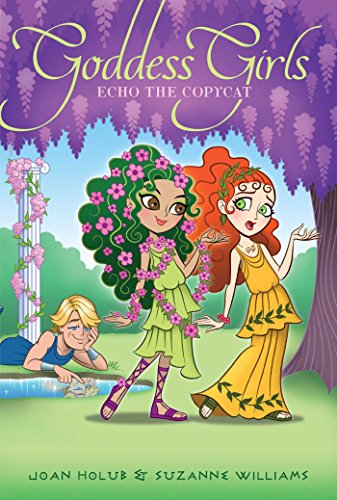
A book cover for Echo the Copycat (Goddess Girls); Joan Holub; Children's Books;